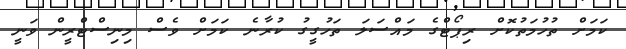
ކަމަށް ތުހުމަތުކޮށް ރިޕޯޓްގެ މައްސަލަ ތަހުގީގު ކުރާނެ ކަމަށް ވެސް މިނިސްޓްރީން ވަނީ